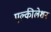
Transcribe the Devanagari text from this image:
एल्कीलेशन